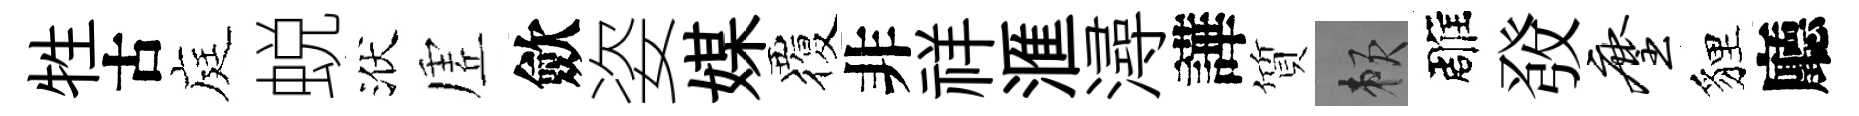
牲古庭蜕洑虗歛姿媒覆非祥滙潯譁質賴雕𤼲麈貍廳